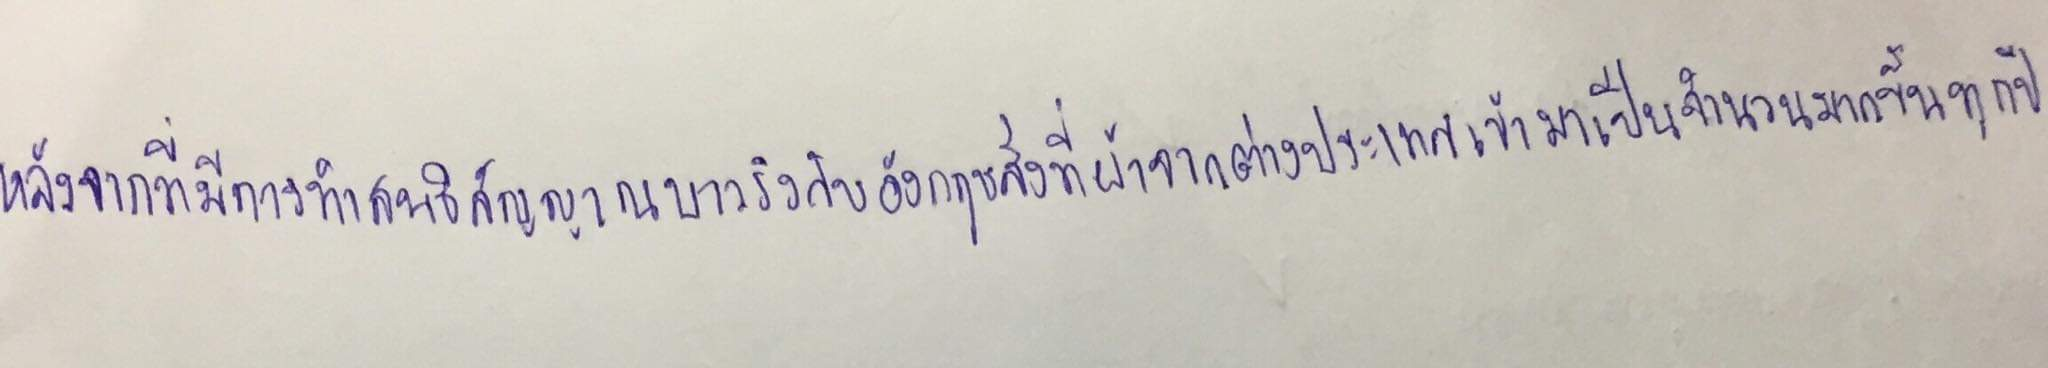
หลังจากที่มีการทำสนธิสัญญาบาวริงกับอังกฤษสั่งผ้าจากต่างประเทศเข้ามาเป็นจำนวนมากขึ้นทุกปี